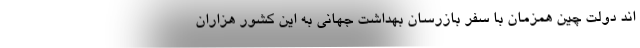
اند دولت چین همزمان با سفر بازرسان بهداشت جهانی به این کشور هزاران